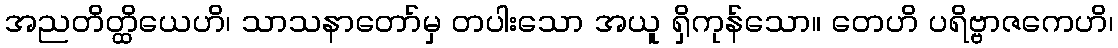
အညတိတ္ထိယေဟိ၊ သာသနာတော်မှ တပါးသော အယူ ရှိကုန်သော။ တေဟိ ပရိဗ္ဗာဇကေဟိ၊